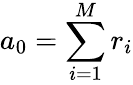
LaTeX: a_{0}=\sum_{i=1}^{M}r_{i}